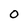
Character: O